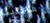
ماعلينا